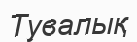
Тувалық